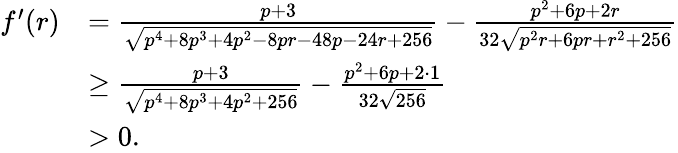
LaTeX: \begin{array}{rl}{f^{\prime}(r)}&{=\frac{p+3}{\sqrt{p^{4}+8p^{3}+4p^{2}-8pr-48p-24r+256}}-\frac{p^{2}+6p+2r}{32\sqrt{p^{2}r+6pr+r^{2}+256}}}\\ &{\ge\frac{p+3}{\sqrt{p^{4}+8p^{3}+4p^{2}+256}}-\frac{p^{2}+6p+2\cdot 1}{32\sqrt{256}}}\\ &{>0.}\end{array}